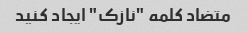
متضاد کلمه "نازک" ایجاد کنید